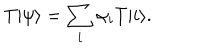
LaTeX: T | \psi \rangle = \sum _ { i } \alpha _ { i } T | i \rangle .